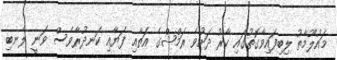
މައުލޫމާތު ލިބިފައިވާގޮތުގައި ކާރު ދަށުވެ ރަމްޝްގެ އަތާއި ފަޔާއި ކަނދުރާވެސް ވަނީ ލެނބި